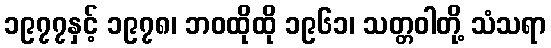
၁၉၇၇နှင့် ၁၉၇၈၊ ဘဝထိုထို ၁၉၆၁၊ သတ္တဝါတို့ သံသရာ